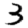
Digit: 3